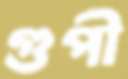
গুপী